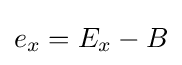
{\textstyle e_{x}=E_{x}-B}